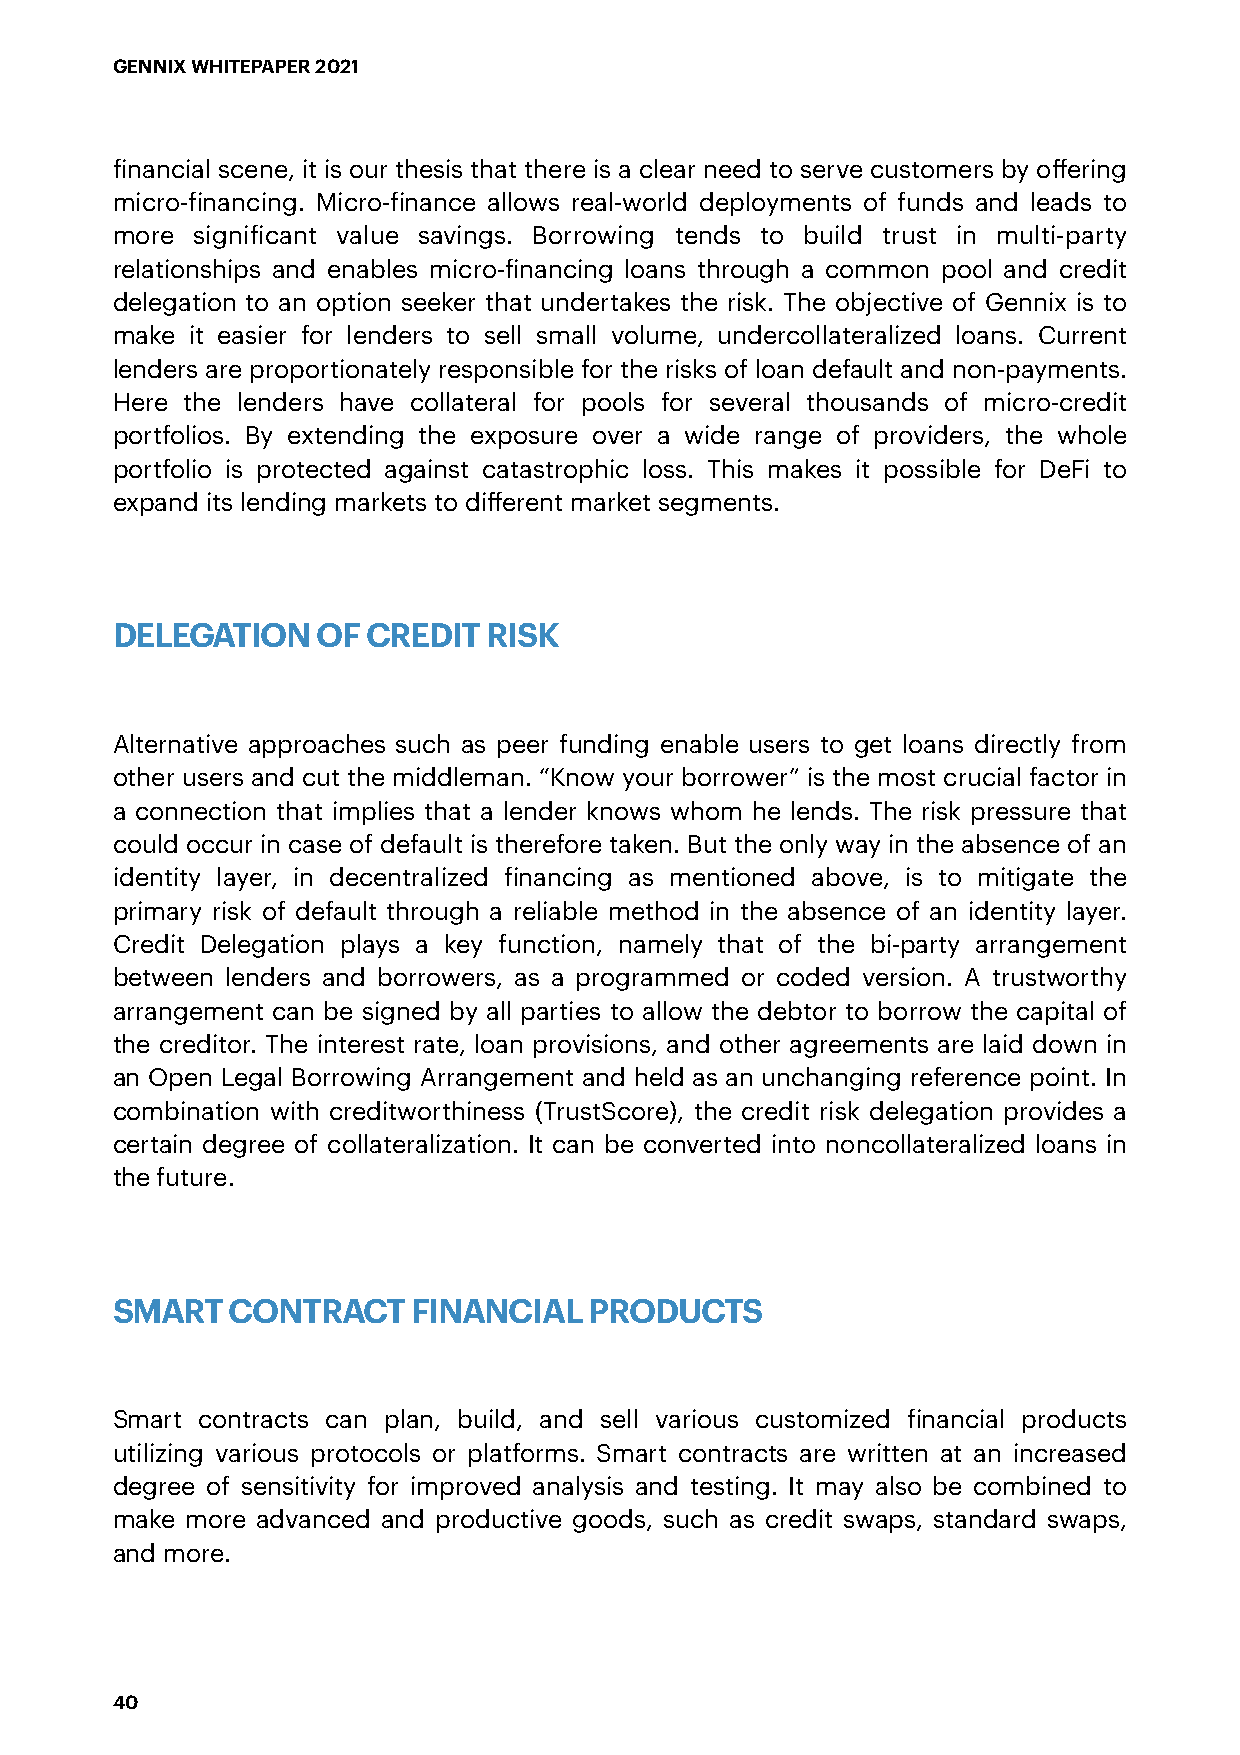
GENNIX WHITEPAPER 2021
 financial scene, it is our thesis that there is a clear need to serve customers by offering
 micro-financing. Micro-finance allows real-world deployments of funds and leads to
 more  significant value savings. Borrowing tends to build trust in multi-party
 relationships and enables micro-financing loans through a common pool and credit
 delegation to an option seeker that undertakes the risk. The objective of Gennix is to
 make it easier for lenders to sell small volume, undercollateralized loans. Current
 lenders are proportionately responsible for the risks of loan default and non-payments.
 Here the lenders have collateral for pools for several thousands of micro-credit
 portfolios. By extending the exposure over a wide range of providers, the whole
 portfolio is protected against catastrophic loss. This makes it possible for DeFi to
 expand its lending markets to different market segments.
 DELEGATION    OF CREDIT  RISK
 Alternative approaches such as peer funding enable users to get loans directly from
 other users and cut the middleman. “Know your borrower” is the most crucial factor in
 a connection that implies that a lender knows whom he lends. The risk pressure that
 could occur in case of default is therefore taken. But the only way in the absence of an
 identity layer, in decentralized financing as mentioned above, is to mitigate the
 primary risk of default through a reliable method in the absence of an identity layer.
 Credit Delegation plays a key function, namely that of the bi-party arrangement
 between lenders and borrowers, as a programmed or coded version. A trustworthy
 arrangement can be signed by all parties to allow the debtor to borrow the capital of
 the creditor. The interest rate, loan provisions, and other agreements are laid down in
 an Open Legal Borrowing Arrangement and held as an unchanging reference point. In
 combination with creditworthiness (TrustScore), the credit risk delegation provides a
 certain degree of collateralization. It can be converted into noncollateralized loans in
 the future.
 SMART   CONTRACT    FINANCIAL   PRODUCTS
 Smart contracts can plan, build, and sell various customized financial products
 utilizing various protocols or platforms. Smart contracts are written at an increased
 degree of sensitivity for improved analysis and testing. It may also be combined to
 make more advanced and productive goods, such as credit swaps, standard swaps,
 and more.
 40